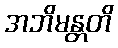
အဘိမန္တတိ